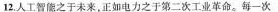
12.人工智之于未来，正如电力之于第二次工业革命。每-次